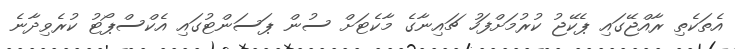
އެތަކެތި ރާއްޖޭގައި ޕެކޭޖު ކުރުމަށްފަހު ޗައިނާގެ މާކެޓަށް ސުން ޕަސަންޓުގައި އެކްސްޕޯޓު ކުރެވިދާނެ